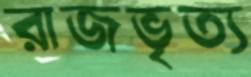
রাজভৃত্য